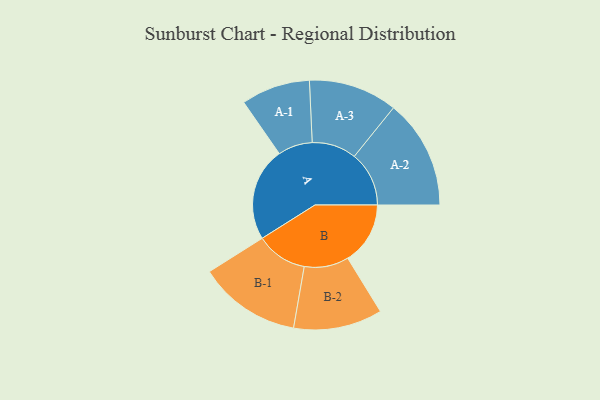
{"axis": {"x": "Segment", "y": "Value"}, "legend": ["", "A", "B"], "data": [{"x": "A", "y": 491, "type": ""}, {"x": "B", "y": 328, "type": ""}, {"x": "A-1", "y": 181, "type": "A"}, {"x": "A-2", "y": 287, "type": "A"}, {"x": "A-3", "y": 233, "type": "A"}, {"x": "B-1", "y": 269, "type": "B"}, {"x": "B-2", "y": 233, "type": "B"}]}